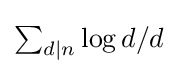
\textstyle \sum _{d|n}\log d/d